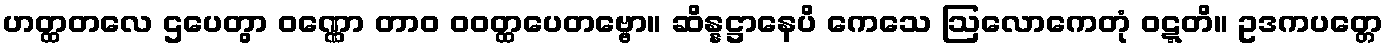
ဟတ္ထတလေ ဌပေတွာ ဝဏ္ဏော တာဝ ဝဝတ္ထပေတဗ္ဗော။ ဆိန္နဋ္ဌာနေပိ ကေသေ ဩလောကေတုံ ဝဋ္ဋတိ။ ဥဒကပတ္တေ